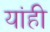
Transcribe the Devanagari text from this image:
यांही